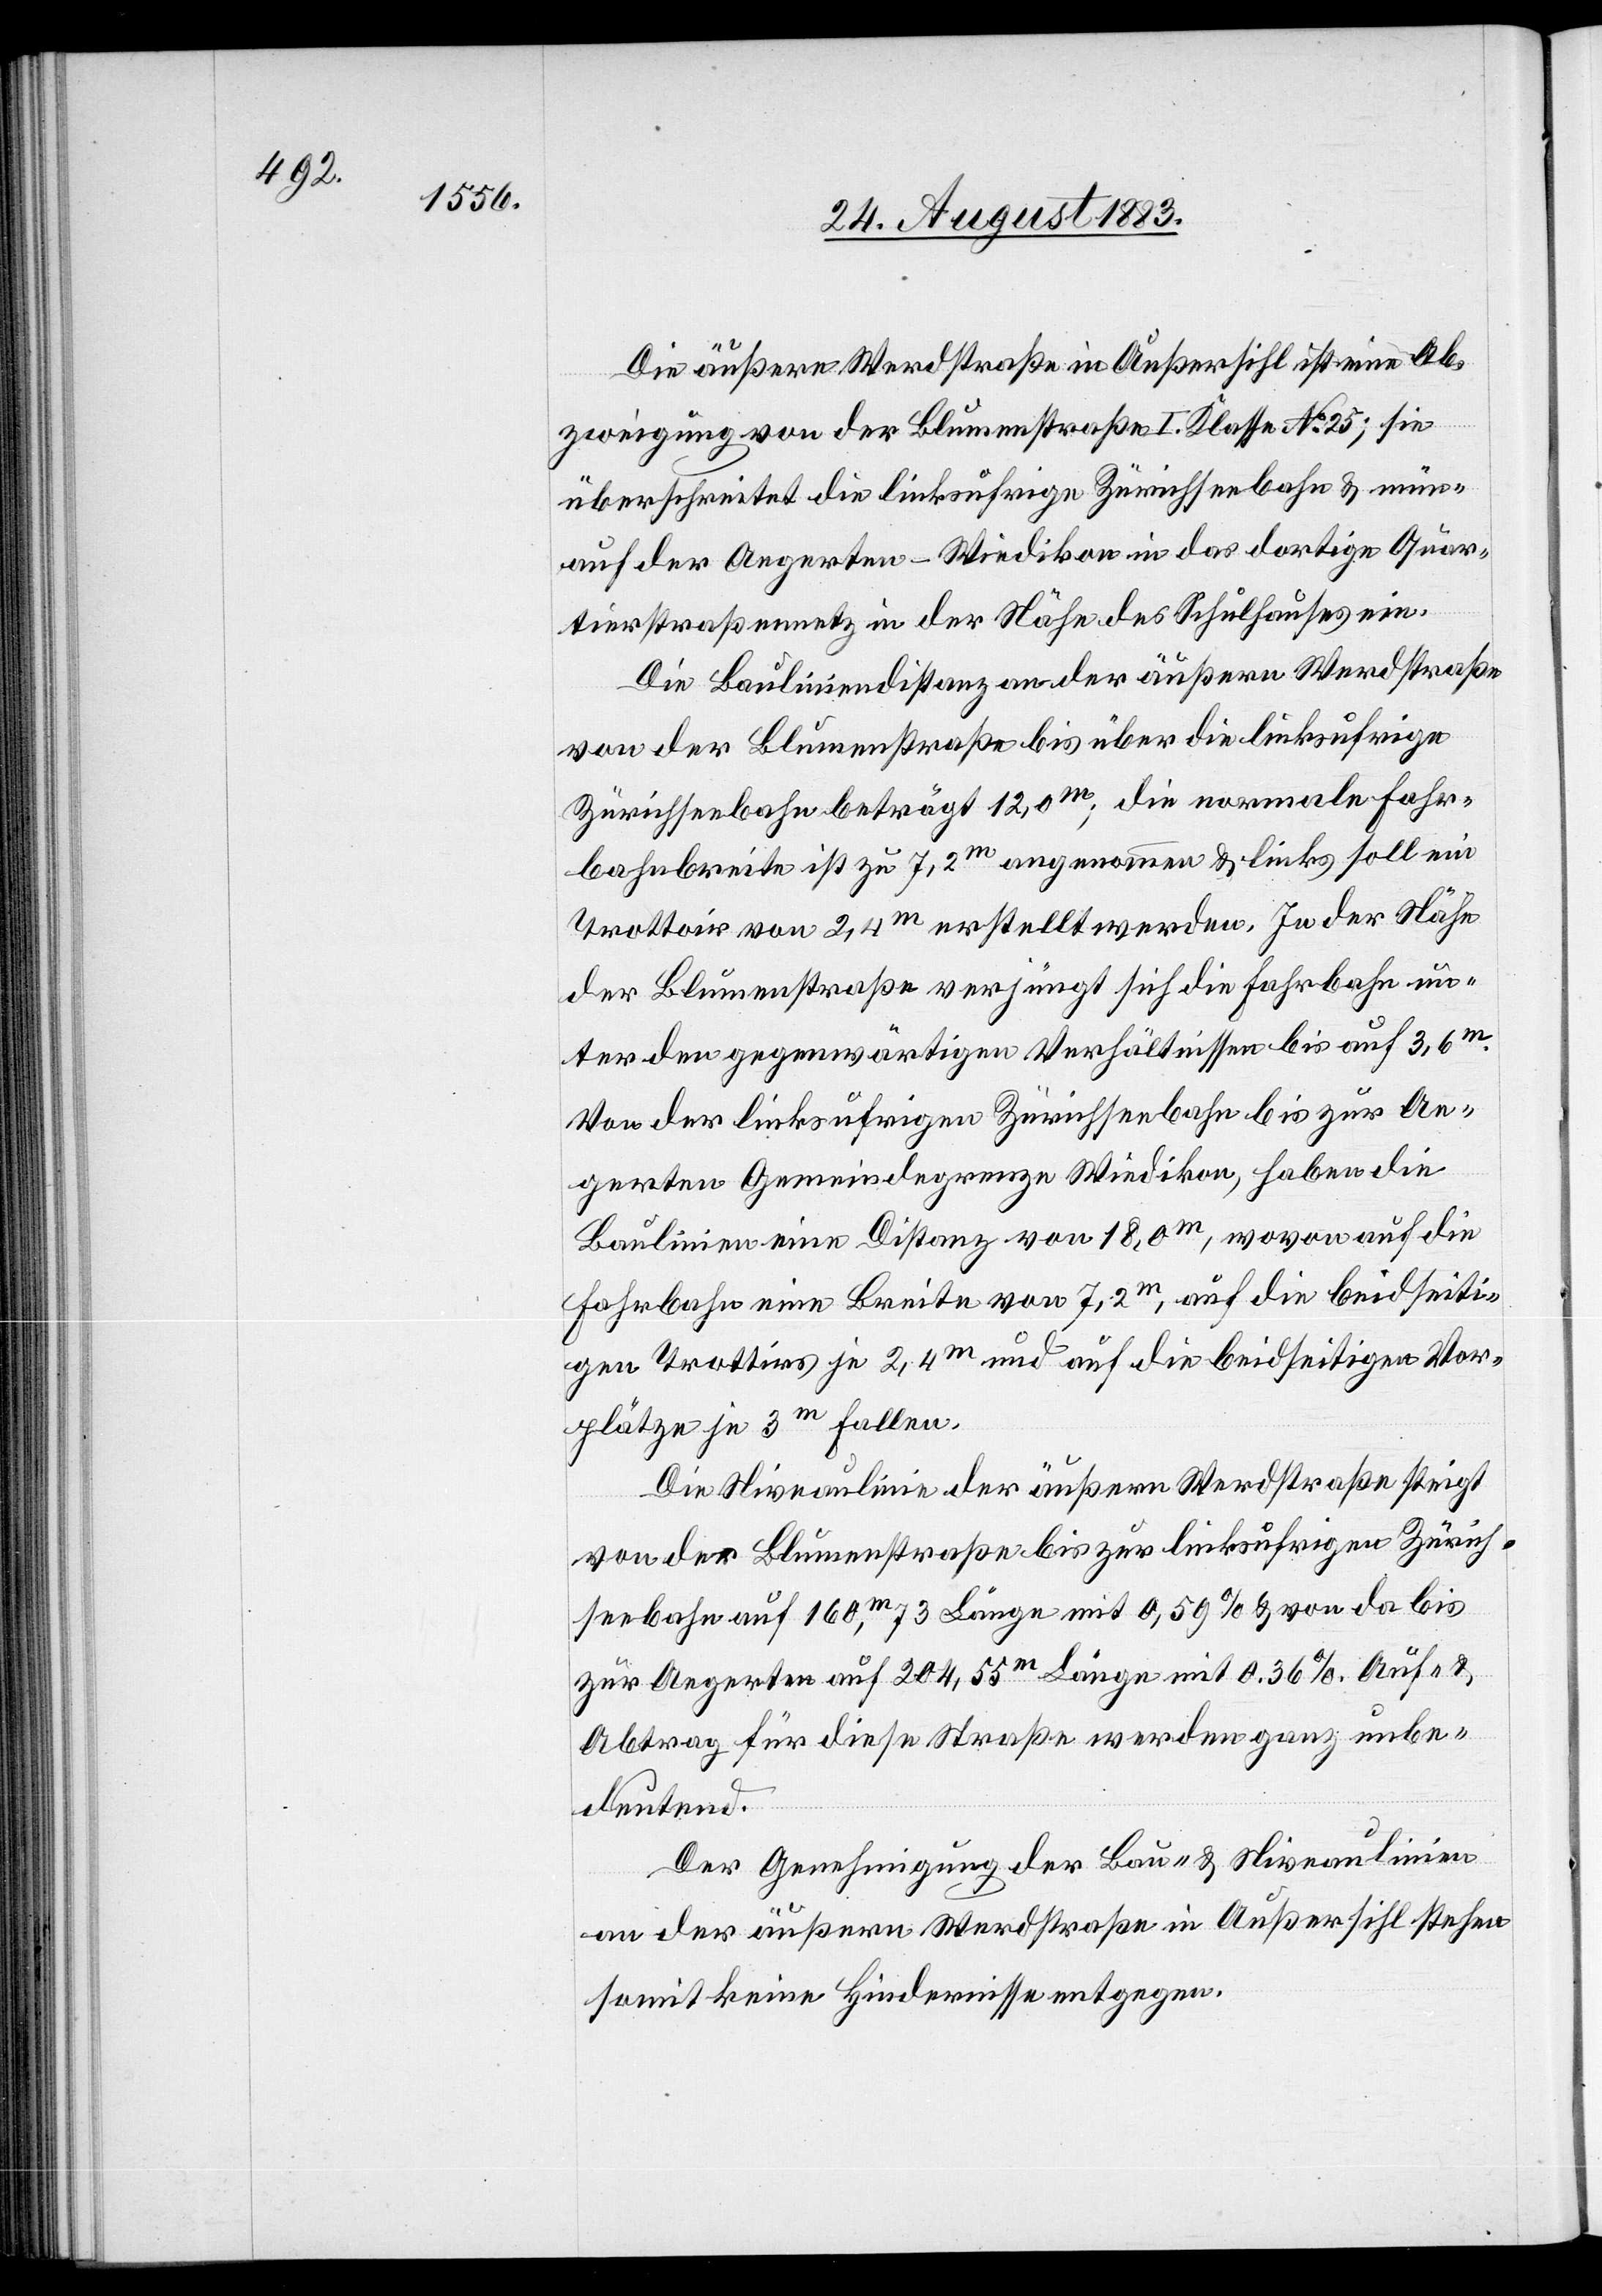
Die äußere Werdstraße in Außersihl ist eine Ab¬
zweigung von der Blumenstraße I. Klasse No 25; sie
überschreitet die linksufrige Zürichseebahn & mün[det]
auf der Aegerten - Wiedikon in das dortige Quar¬
tierstraßennetz in der Nähe des Schulhauses ein.
Die Bauliniendistanz an der äußern Werdstraße
von der Blumenstraße bis über die linksufrige
Zürichseebahn beträgt 12,0m; die normale Fahr¬
bahnbreite ist zu 7,2m angenommen & links soll ein
Trottoir von 2,4m erstellt werden. In der Nähe
der Blumenstraße verjüngt sich die Fahrbahn un¬
ter den gegenwärtigen Verhältnissen bis auf 3,6m.
Von der linksufrigen Zürichseebahn bis zur Ae¬
gerten Gemeindegrenze Wiedikon, haben die
Baulinien eine Distanz von 18,0m, wovon auf die
Fahrbahn eine Breite von 7,2m, auf die beidseiti¬
gen Trottoirs je 2,4m und auf die beidseitigen Vor¬
plätze je 3m fallen.
Die Niveaulinie der äußern Werdstraße steigt
von der Blumenstraße bis zur linksufrigen Zürich¬
seebahn auf 160m,73 [sic!] Länge mit 0,59% & von da bis
zur Aegerten auf 204,55m Länge mit 0.36%. Auf- &
Abtrag für diese Straße werden ganz unbe¬
deutend.
Der Genehmigung der Bau- & Niveaulinien
an der äußern Werdstraße in Außersihl stehen
somit keine Hindernisse entgegen.